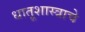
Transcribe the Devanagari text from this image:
धातूशास्त्राचे